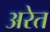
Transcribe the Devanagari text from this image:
अरेत